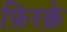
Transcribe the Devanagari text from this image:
फ़िरक़े